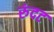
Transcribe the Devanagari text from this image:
रुंदट